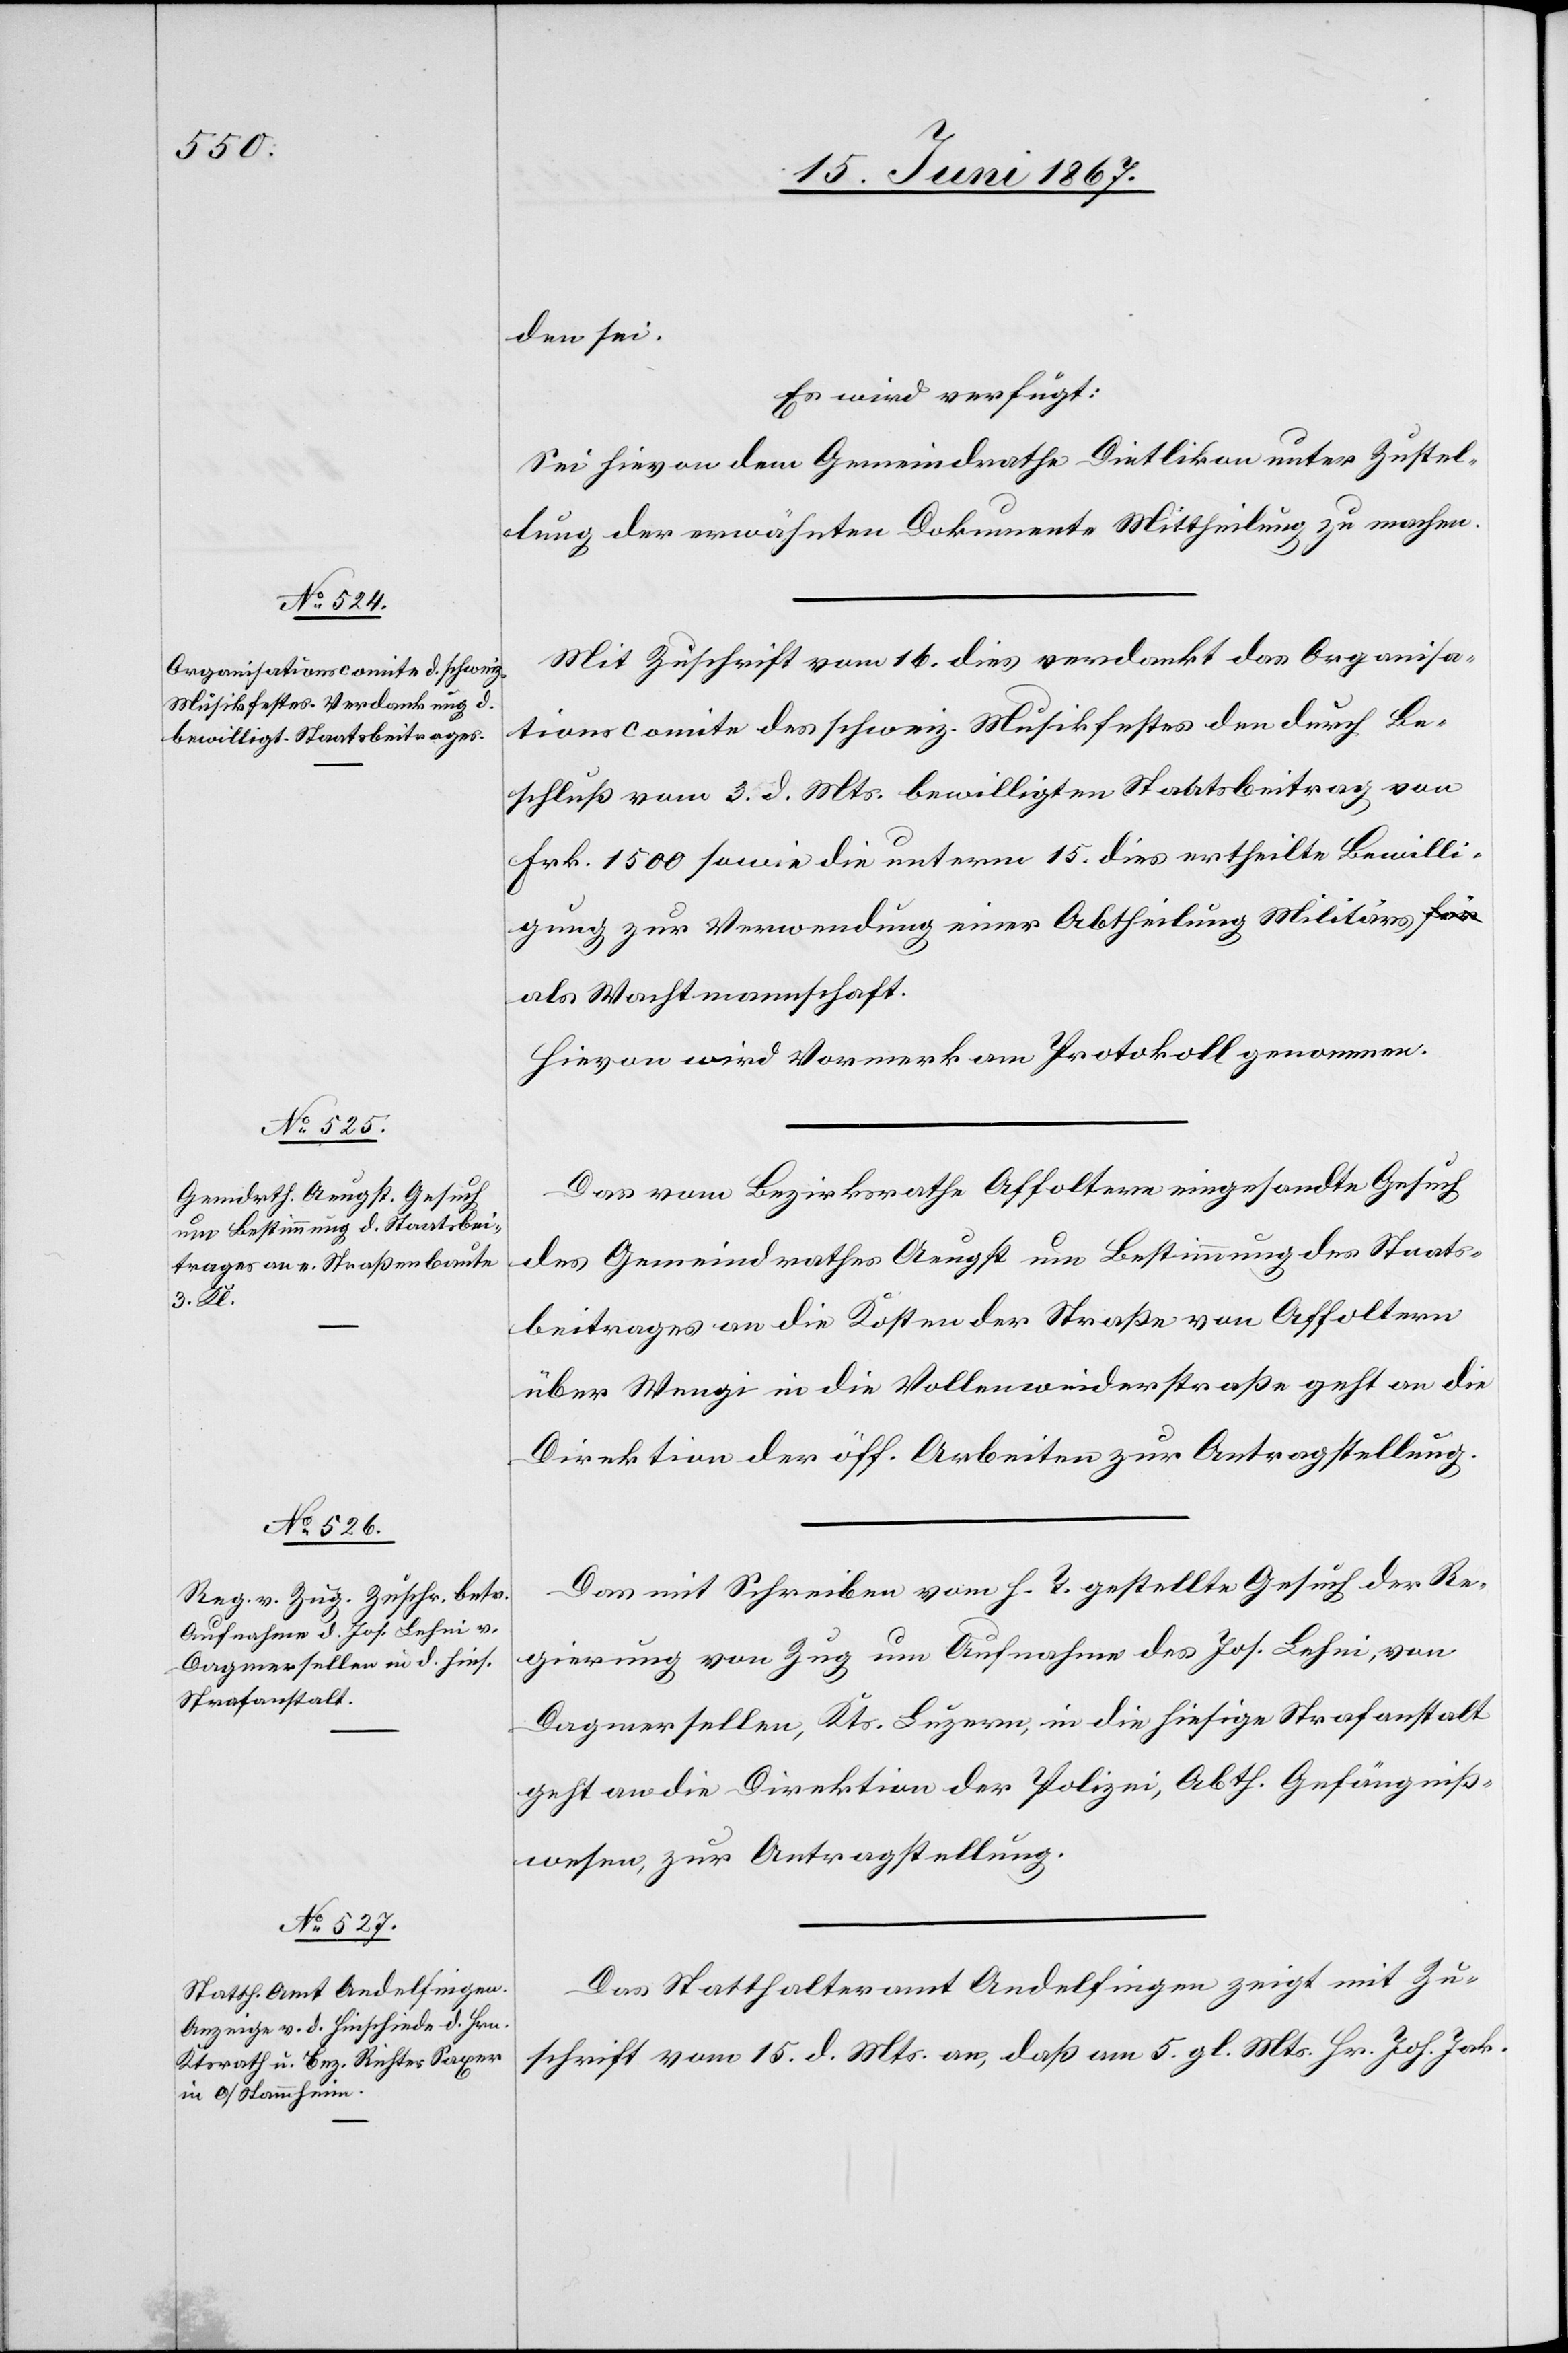
18. Juni 1867.]
den sei.
Es wird verfügt:
Sei hievon dem Gemeindrathe Dietlikon unter Zustel¬
lung der erwähnten Dokumente Mittheilung zu machen.
Mit Zuschrift vom 16. dies verdankt das Organisa¬
tionscomite des schweiz. Musikfestes den durch Be¬
schluß vom 3. d. Mts. bewilligten Staatsbeitrag von
Frk. 1500 sowie die unterm 15. dies ertheilte Bewilli¬
gung zur Verwendung einer Abtheilung Militärs
als Wachtmannschaft.
Hievon wird Vormerk am Protokoll genommen.
Das vom Bezirksrathe Affoltern eingesandte Gesuch
des Gemeindrathes Aeugst um Bestimmung des Staats¬
beitrages an die Kosten der Straße von Affoltern
über Wengi in die Vollenweiderstraße geht an die
Direktion der öff. Arbeiten zur Antragstellung.
Das mit Schreiben vom h. T. gestellte Gesuch der Re¬
gierung von Zug um Aufnahme des Jos. Lehni, von
Dagmersellen, Kts. Luzern, in die hiesige Strafanstalt
geht an die Direktion der Polizei, Abth. Gefängniß¬
wesen, zur Antragstellung.
Das Statthalteramt Andelfingen zeigt mit Zu¬
schrift vom 15. d. Mts. an, daß am 5. gl. Mts. Hr. Joh. Jak.